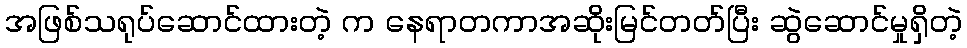
အဖြစ်သရုပ်ဆောင်ထားတဲ့ က နေရာတကာအဆိုးမြင်တတ်ပြီး ဆွဲဆောင်မှုရှိတဲ့